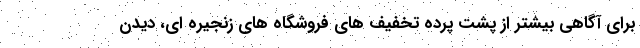
برای آگاهی بیشتر از پشت پرده تخفیف های فروشگاه های زنجیره ای، دیدن